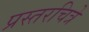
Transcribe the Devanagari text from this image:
प्रस्तरचित्रे